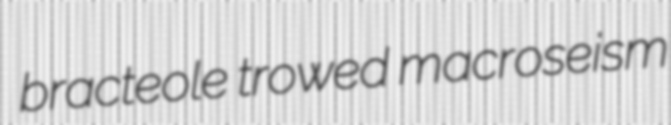
bracteole trowed macroseism